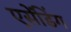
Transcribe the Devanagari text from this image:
एसेंडिंग